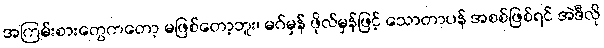
အကြမ်းစားတွေကတော့ မဖြစ်တော့ဘူး၊ မဂ်မှန် ဖိုလ်မှန်ဖြင့် သောတာပန် အစစ်ဖြစ်ရင် အဲဒီလို